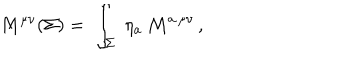
M ^ { \mu \nu } ( \Sigma ) = \; \int _ { \Sigma } \; \eta _ { a } \, { \cal M } ^ { a \, \mu \nu } \, ,